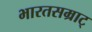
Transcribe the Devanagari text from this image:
भारतसम्राट्